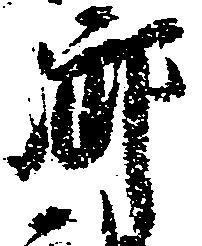
御